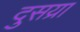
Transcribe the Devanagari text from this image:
दुसय्रा